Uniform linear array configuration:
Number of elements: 4
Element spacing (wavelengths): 0.25
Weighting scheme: uniform
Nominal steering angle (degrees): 45
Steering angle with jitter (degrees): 46.755
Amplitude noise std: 0.05
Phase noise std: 0.05

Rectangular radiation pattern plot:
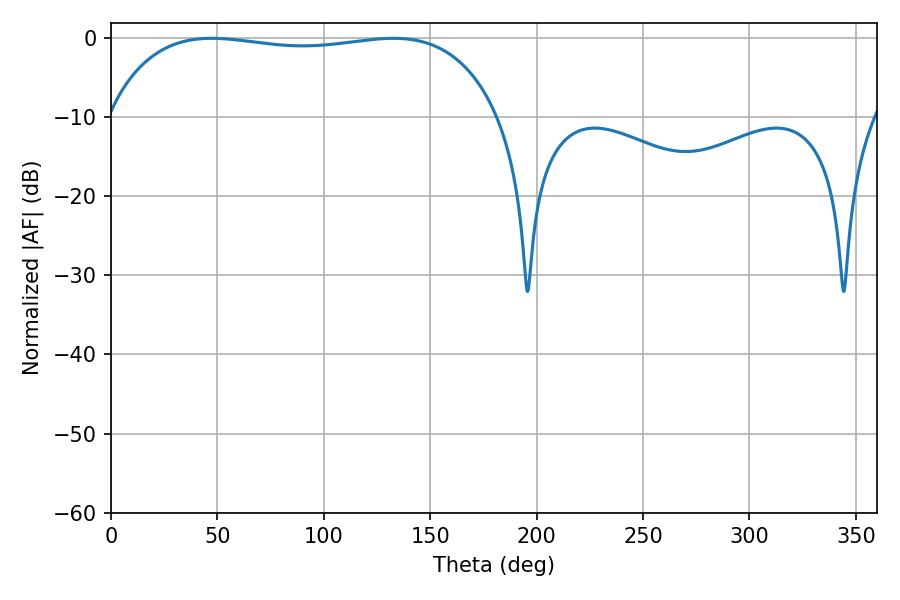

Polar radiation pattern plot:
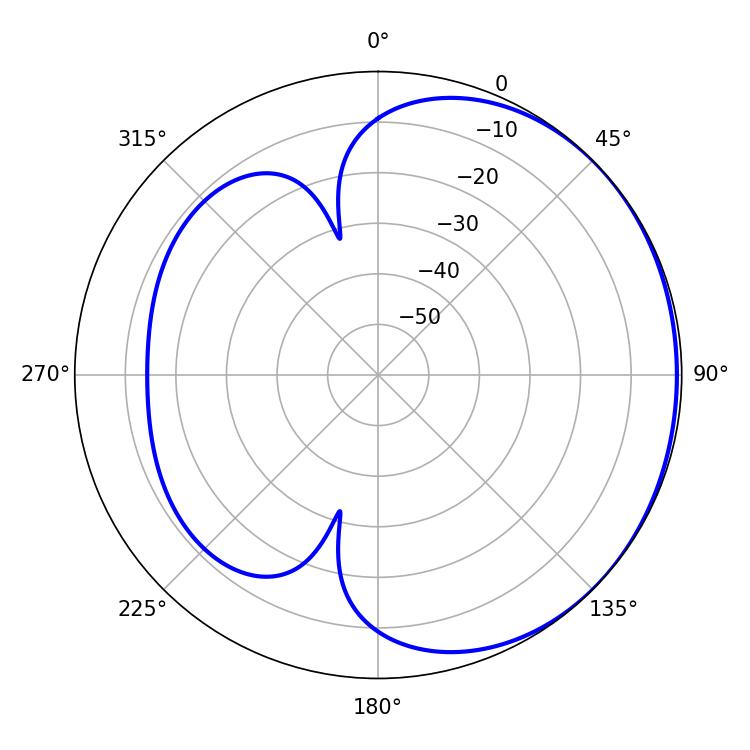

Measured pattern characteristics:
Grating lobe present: FALSE
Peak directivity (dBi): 0.9036
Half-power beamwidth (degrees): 147.6
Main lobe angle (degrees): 47.34